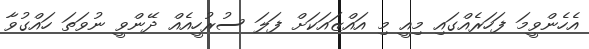
އެހެންވީމަ ފަހަރެއްގައި މިއީ މި އައްޒައަކަށް ފަލަ ސުރުހީއެއް ދޭންވީ ނުވަތަ ހައްގުވާ